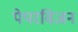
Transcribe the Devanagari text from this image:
पेपरविजन